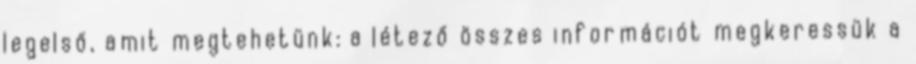
legelső, amit megtehetünk: a létező összes információt megkeressük a